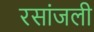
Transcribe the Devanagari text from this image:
रसांजली